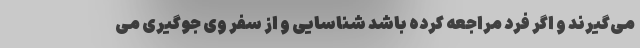
می‌گیرند و اگر فرد مراجعه کرده باشد شناسایی و از سفر وی جوگیری می